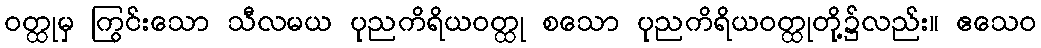
ဝတ္ထုမှ ကြွင်းသော သီလမယ ပုညကိရိယဝတ္ထု စသော ပုညကိရိယဝတ္ထုတို့၌လည်း။ ဧသေဝ